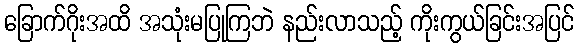
ခြောက်ဂိုးအထိ အသုံးမပြုကြဘဲ နည်းလာသည့် ကိုးကွယ်ခြင်းအပြင်